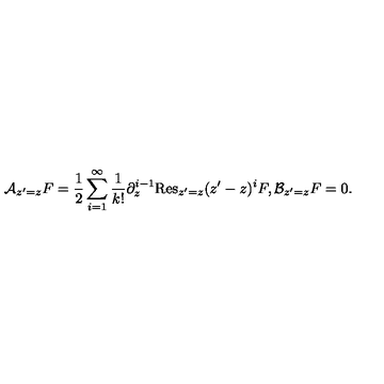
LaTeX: { \cal A } _ { z ^ { \prime } = z } F = \frac { 1 } { 2 } \sum _ { i = 1 } ^ { \infty } \frac { 1 } { k ! } \partial _ { z } ^ { i - 1 } \mathrm { R e s } _ { z ^ { \prime } = z } ( z ^ { \prime } - z ) ^ { i } F , { \cal B } _ { z ^ { \prime } = z } F = 0 .